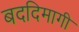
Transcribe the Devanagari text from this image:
बददिमागी